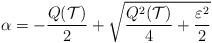
LaTeX: \begin{align*} \alpha = -\frac{Q({\cal T})}{2} + \sqrt{\frac{Q^2({\cal T})}{4} + \frac{\varepsilon^2}{2}}\end{align*}